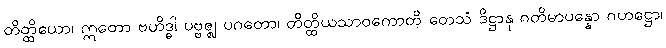
တိတ္ထိယော၊ ဣတော ဗဟိဒ္ဓါ ပဗ္ဗဇ္ဈ ပဂတော၊ တိတ္ထိယသာဝကောတိ တေသံ ဒိဋ္ဌာနု ဂတိမာပန္နော ဂဟဋ္ဌော၊